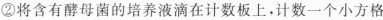
②将含有酵母菌的培养液滴在计数板上。计数一个小方格